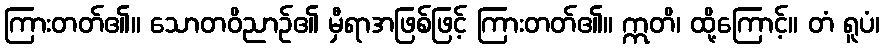
ကြားတတ်၏။ သောတဝိညာဉ်၏ မှီရာအဖြစ်ဖြင့် ကြားတတ်၏။ ဣတိ၊ ထို့ကြောင့်။ တံ ရူပံ၊